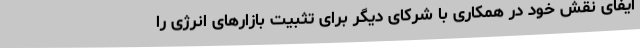
ایفای نقش خود در همکاری با شرکای دیگر برای تثبیت بازارهای انرژی را